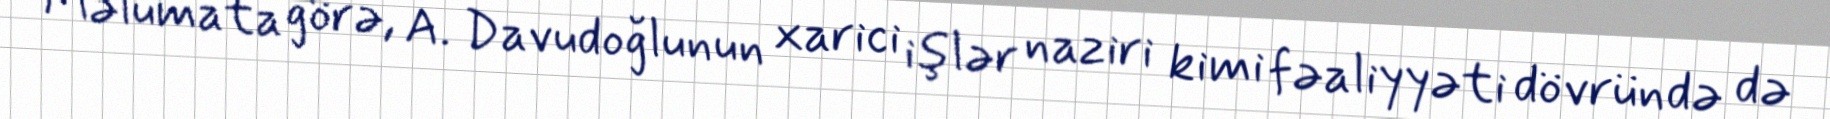
Məlumata görə, A. Davudoğlunun xarici işlər naziri kimi fəaliyyəti dövründə də